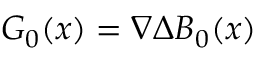
\boldsymbol { G } _ { 0 } ( \boldsymbol { x } ) = \nabla \Delta B _ { 0 } ( \boldsymbol { x } )